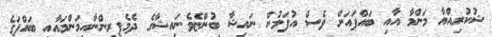
ޝުކުރިއްޔާ މަންމާ އާއި ބައްޕައަށް ވެސް އުފަލުން ނައިޝާ ބުންޏެވެ.ނަައިޝާގެ ދެމެފިރިންނާއިމަންމައާއި ބައްޕަގެ